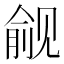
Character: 觎